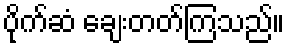
ပိုက်ဆံ ချေးတတ်ကြသည်။